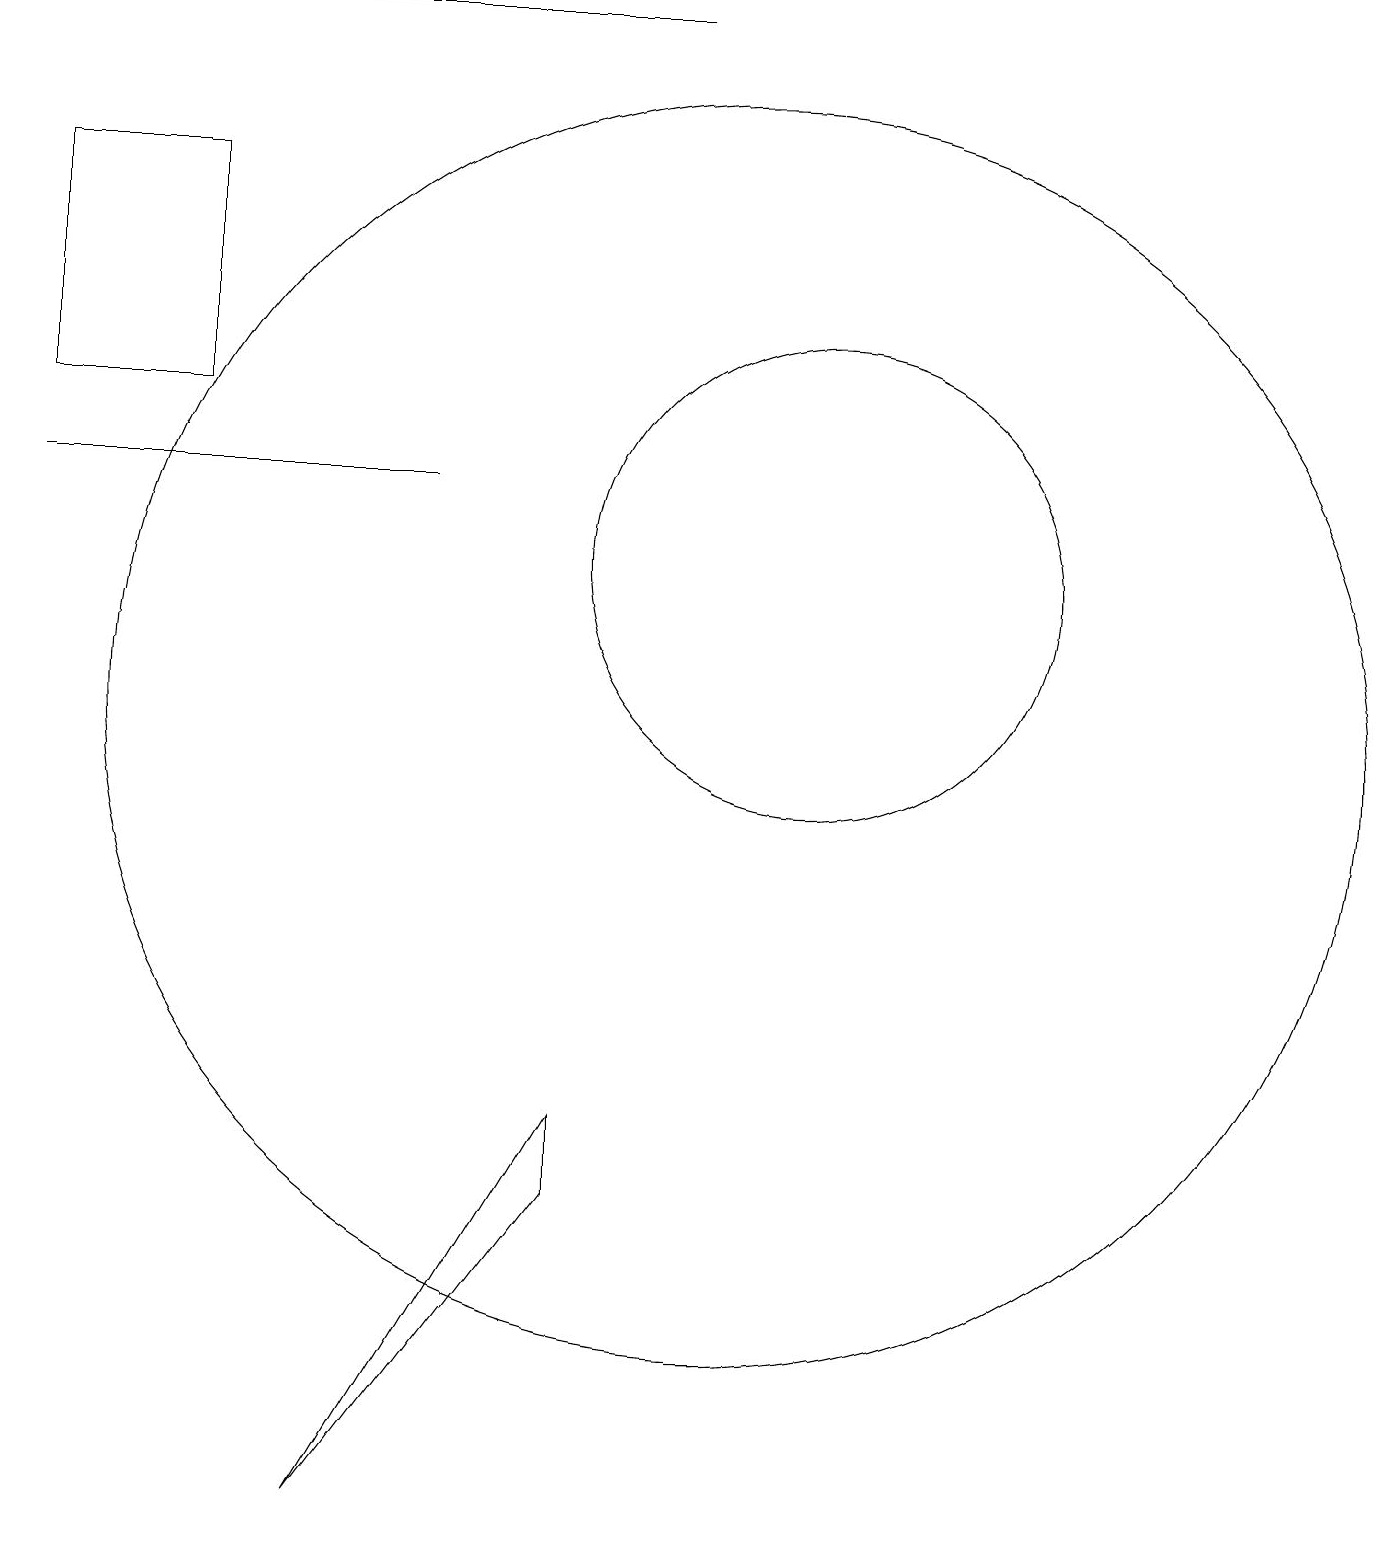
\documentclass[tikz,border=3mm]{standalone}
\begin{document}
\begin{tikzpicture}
\draw (8,4) -- (5,0) -- (8,5) -- cycle;
\draw (1,13) rectangle (6,13);
\draw (3,17) rectangle (1,14);
\draw (9,19) rectangle (1,19);
\draw (11,12) circle (3);
\draw (10,10) circle (8);
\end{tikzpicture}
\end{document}